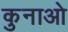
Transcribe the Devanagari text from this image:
कुनाओ